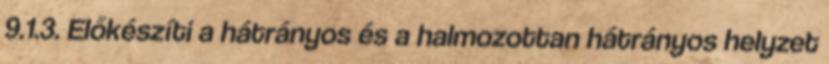
9.1.3. Előkészíti a hátrányos és a halmozottan hátrányos helyzet